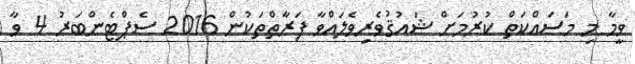
ވީމާ މި މަސައްކަތް ކުރުމަށް ޝައުޤުވެރިވެލައްވާ ފަރާތްތަކުން 2016 ސެޕްޓެންބަރު 4 ވާ